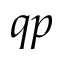
q p